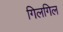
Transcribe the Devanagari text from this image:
गिलगिल